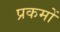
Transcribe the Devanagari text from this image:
प्रकमों